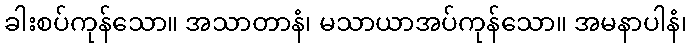
ခါးစပ်ကုန်သော။ အသာတာနံ၊ မသာယာအပ်ကုန်သော။ အမနာပါနံ၊